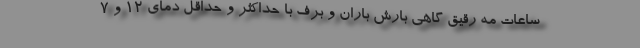
ساعات مه رقیق گاهی بارش باران و برف با حداکثر و حداقل دمای ۱۲ و ۷